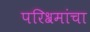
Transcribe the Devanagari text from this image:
परिश्रमांचा